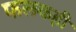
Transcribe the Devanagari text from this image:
फलकही